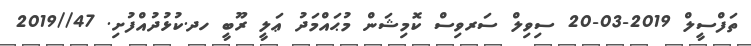
ތަފްސީލް 2019-03-20 ސިވިލް ސަރވިސް ކޮމިޝަން މުޙައްމަދު ޢަލީ ރޫބީ ހދ.ކުޅުދުއްފުށި. 47//2019